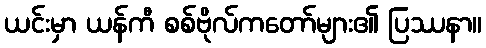
ယင်းမှာ ယန်ကီ စစ်ဗိုလ်ကတော်များ၏ ပြဿနာ။